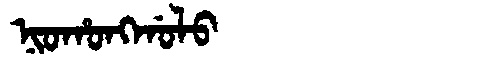
Manchu: ᠨᡳᠣᡥᠣᠩᡤᠣᠯᠣ
Romanization: NIOHONGGOLO